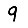
Digit: 9